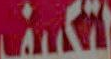
لتكييف